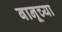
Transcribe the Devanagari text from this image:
बानूच्या